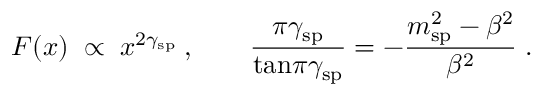
F ( x ) \; \propto \; x ^ { 2 \gamma _ { \mathrm { s p } } } \: , \qquad \frac { \pi \gamma _ { \mathrm { s p } } } { { \tan } { \pi \gamma _ { \mathrm { s p } } } } = - \frac { m _ { \mathrm { s p } } ^ { 2 } - \beta ^ { 2 } } { \beta ^ { 2 } } \; .